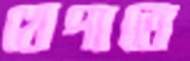
খেপাতে